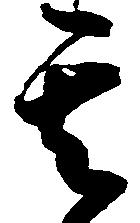
其